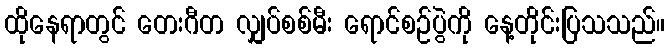
ထိုနေရာတွင် တေးဂီတ လျှပ်စစ်မီး ရောင်စဉ်ပွဲကို နေ့တိုင်းပြသသည်။